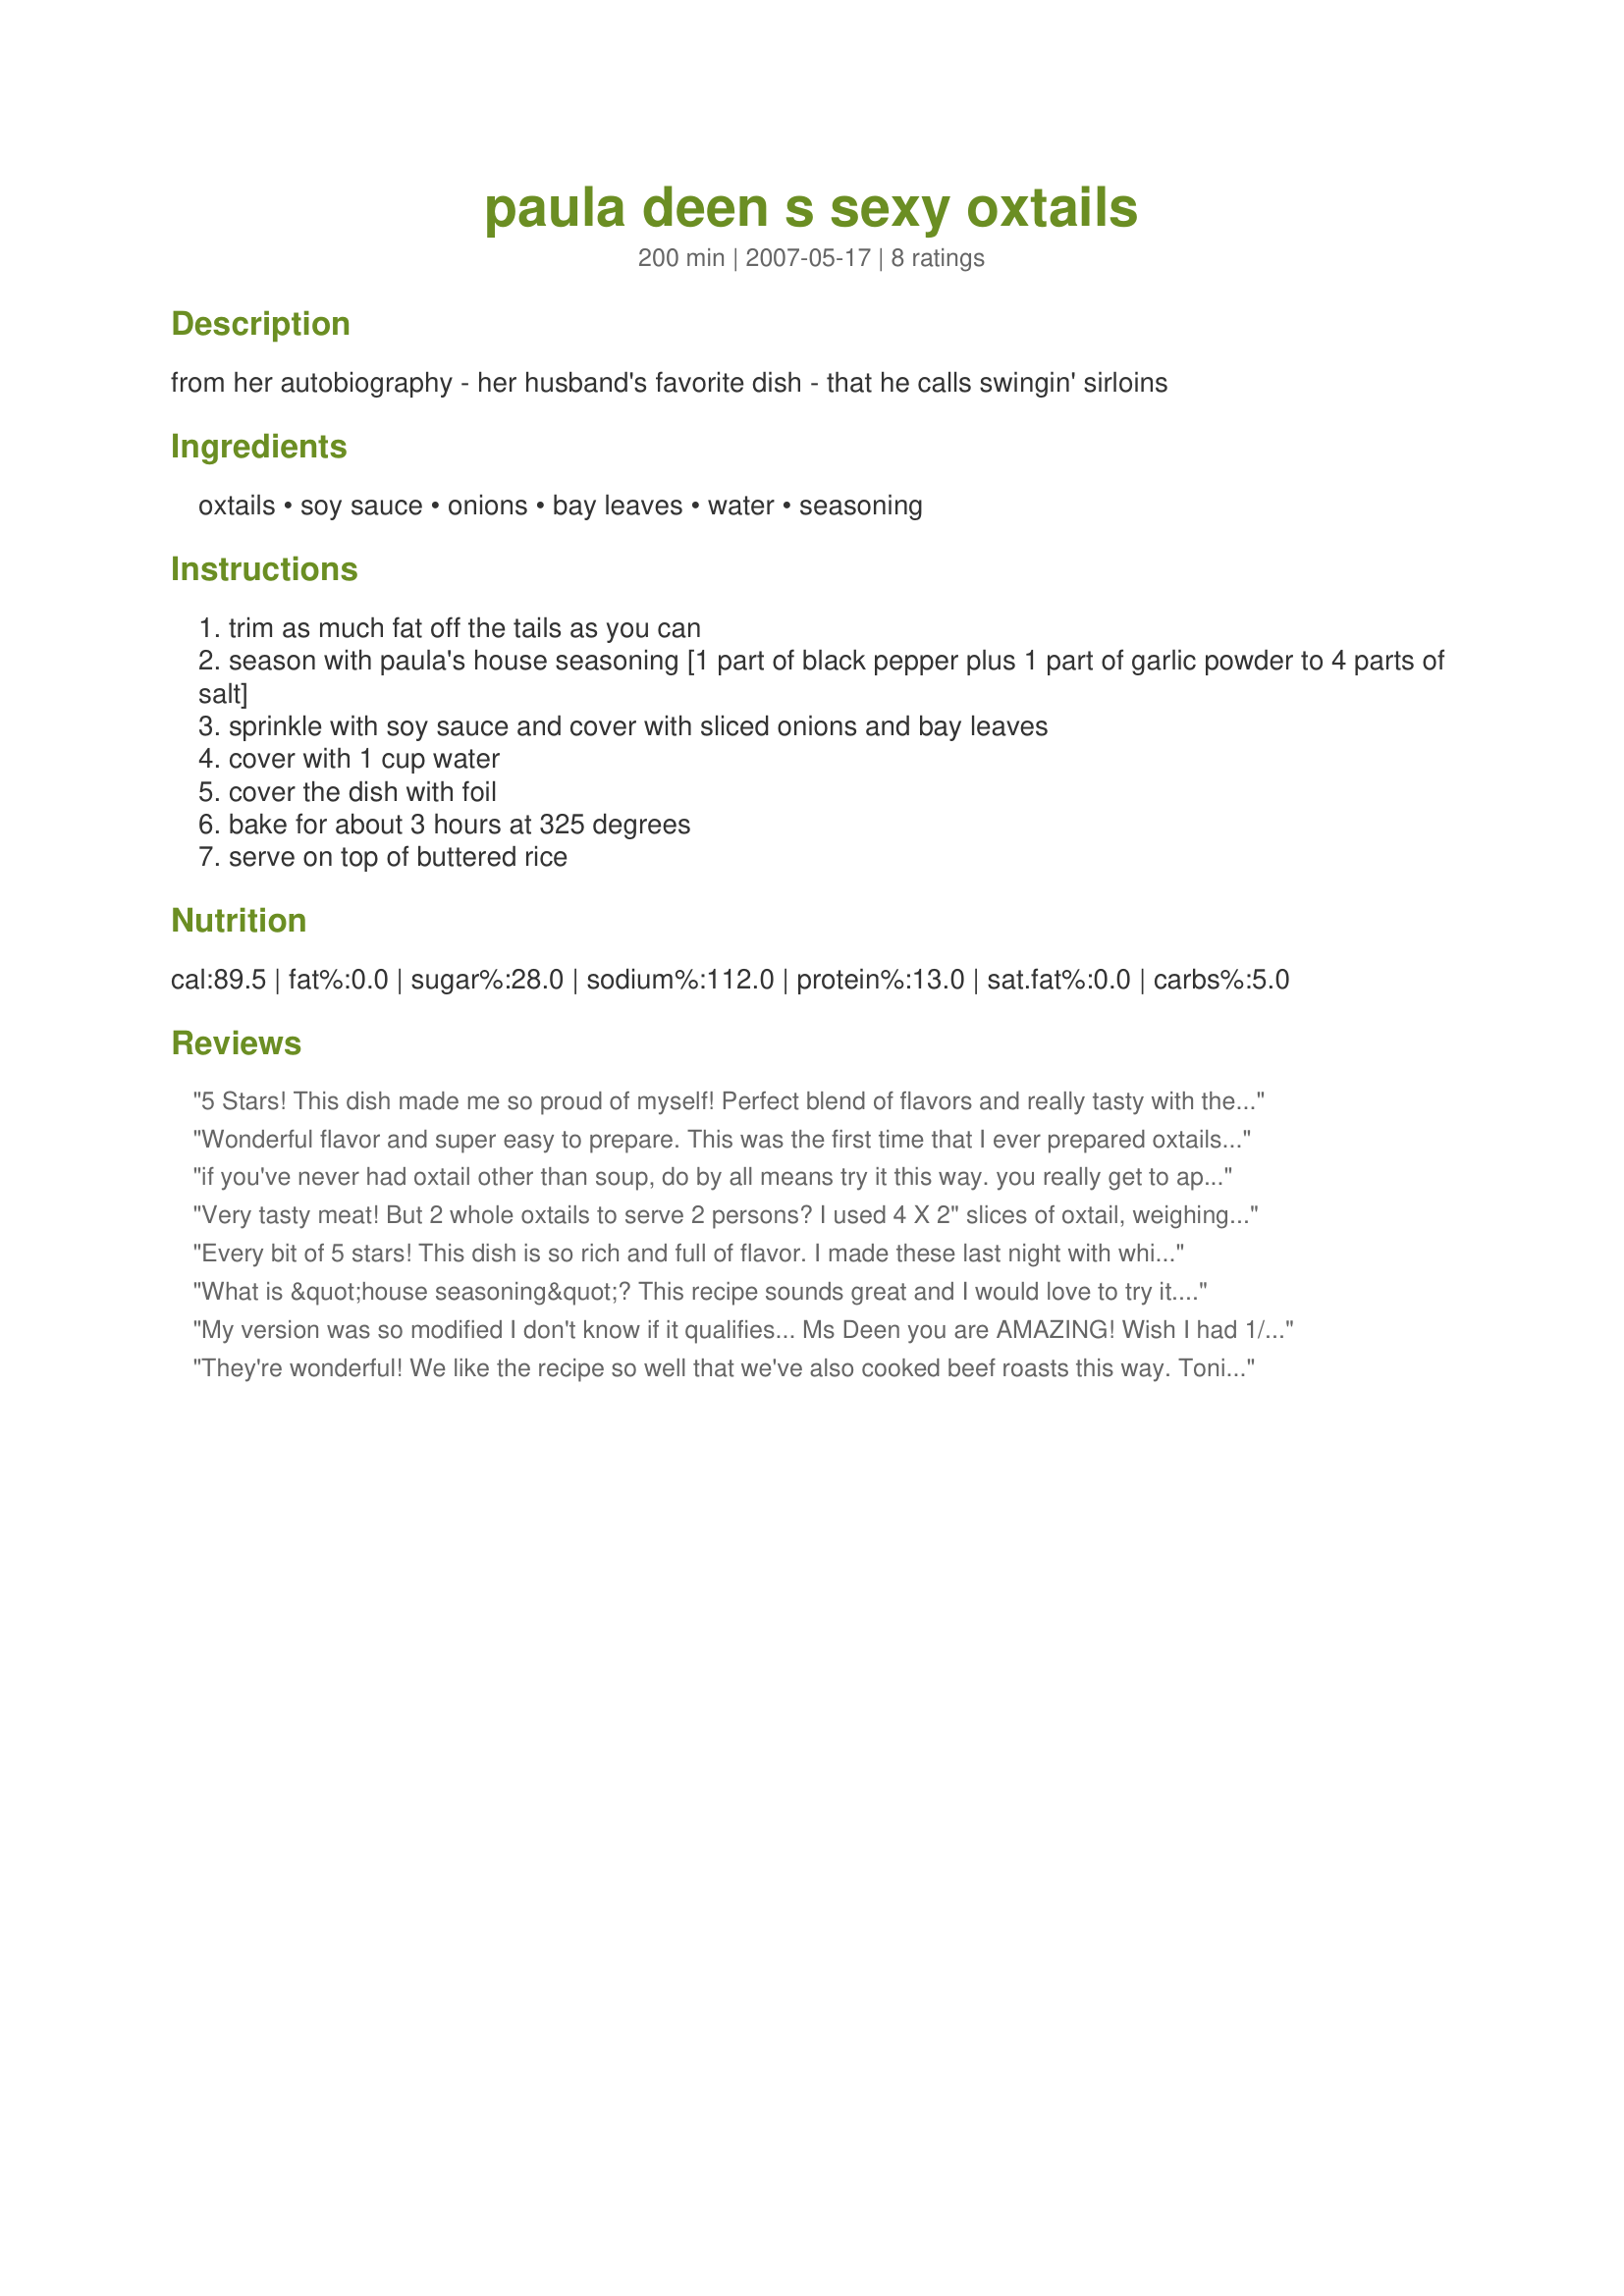
paula deen s sexy oxtails
Preparation time: 200 minutes

from her autobiography - her husband's favorite dish - that he calls swingin' sirloins

Ingredients:
oxtails, soy sauce, onions, bay leaves, water, seasoning

Steps:
trim as much fat off the tails as you can
season with paula's house seasoning [1 part of black pepper plus 1 part of garlic powder to 4 parts of salt]
sprinkle with soy sauce and cover with sliced onions and bay leaves
cover with 1 cup water
cover the dish with foil
bake for about 3 hours at 325 degrees
serve on top of buttered rice

Reviews:
5 Stars! This dish made me so proud of myself! Perfect blend of flavors and really tasty with the rice! This is the only way I will ever make oxtail again. Followed recipe exactly.
Wonderful flavor and super easy to prepare. This was the first time that I ever prepared oxtails and I was suprised by how much that they cooked up. They were tender and deliscious.
if you've never had oxtail other than soup, do by all means try it this way. you really get to appreciate the texture and richness of oxtails. i used my own "house seasoning" (similar to pd's except i use smoked salt). otherwise, i followed the recipe as written. yummy!
Very tasty meat! But 2 whole oxtails to serve 2 persons? I used 4 X 2" slices of oxtail, weighing about 1 kg (2 lb plus) alltogether. Seemed about right for the recipe. Also, I prepared it in pressure cooker, 40 minutes under high pressure. Falling off the bone good!
Every bit of 5 stars! This dish is so rich and full of flavor. I made these last night with white rice and peas. Very good recipe. I usually don't get the oxtails from our butcher but on a whim decided to try them. OMG, I will always be getting them now. Loved this dish. Thank youfor sharing this recipe with us. LOVE IT.
What is &quot;house seasoning&quot;? This recipe sounds great and I would love to try it. Oxtails are in my fridge right now. I did not want to skew the average by asking the question and leaving no stars, so I rated it five stars. I believe all you of you who highly rate this. Sounds yummy!
My version was so modified I don't know if it qualifies... Ms Deen you are AMAZING! Wish I had 1/5th of your cooking talent. My "house seasoning" came in a jar bought from TJMAXX... chili and lime seasoning... but I did include the soy sauce and bay leaves. I cooked mine stovetop because I NEVER knew anyone put theirs in the oven so I was afraid I'd really mess them up. Oh, I had 6 oxtails instead of two so my seasoning was at least 2x what was called for in the recipe... mostly eyeballed it... I know I'm horrible, but my OXTAILS are not, thank God for that. Looking forward to enjoying them with my red beans and rice recipe I got from Luvs 2 Cook. Thank you Carrie Sheridan for posting this. I have posted a picture which was posted with the red beans and rice recipe I also found on this same website. Please check it out....
They're wonderful! We like the recipe so well that we've also cooked beef roasts this way. Tonight, we're trying it with a deer roast. 

It takes less than fifteen minutes of "hands on preparation". I can put it in the oven, program the oven for when and how long I want it to cook, and forget about it. My husband loves the smell when he gets home. 

Of course, about 30 minutes before it's done, he usually adds some root vegetables (something which I tend to forget to do). Potatoes which have been cooked this way are so good that they don't even need butter.

This beats any seasoning mixture from French onion soup to homegrown herbs that I've tried for slow cooking red meat. Thanks!
